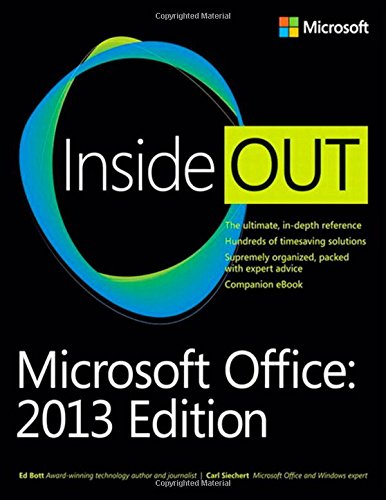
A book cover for Microsoft Office Inside Out: 2013 Edition; Carl Siechert; Computers & Technology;